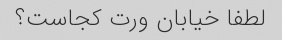
لطفا خیابان ورت کجاست؟